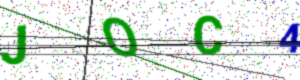
Text: JOC4